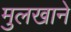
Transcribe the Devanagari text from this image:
मुलखाने